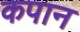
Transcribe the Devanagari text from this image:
कपान